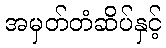
အမှတ်တံဆိပ်နှင့်